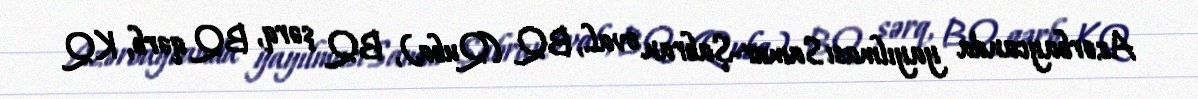
Azərbaycanda yayılması Samur-Şabran oval., BQ (Quba), BQ şərq, BQ qərb, KQ